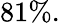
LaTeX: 81\% .